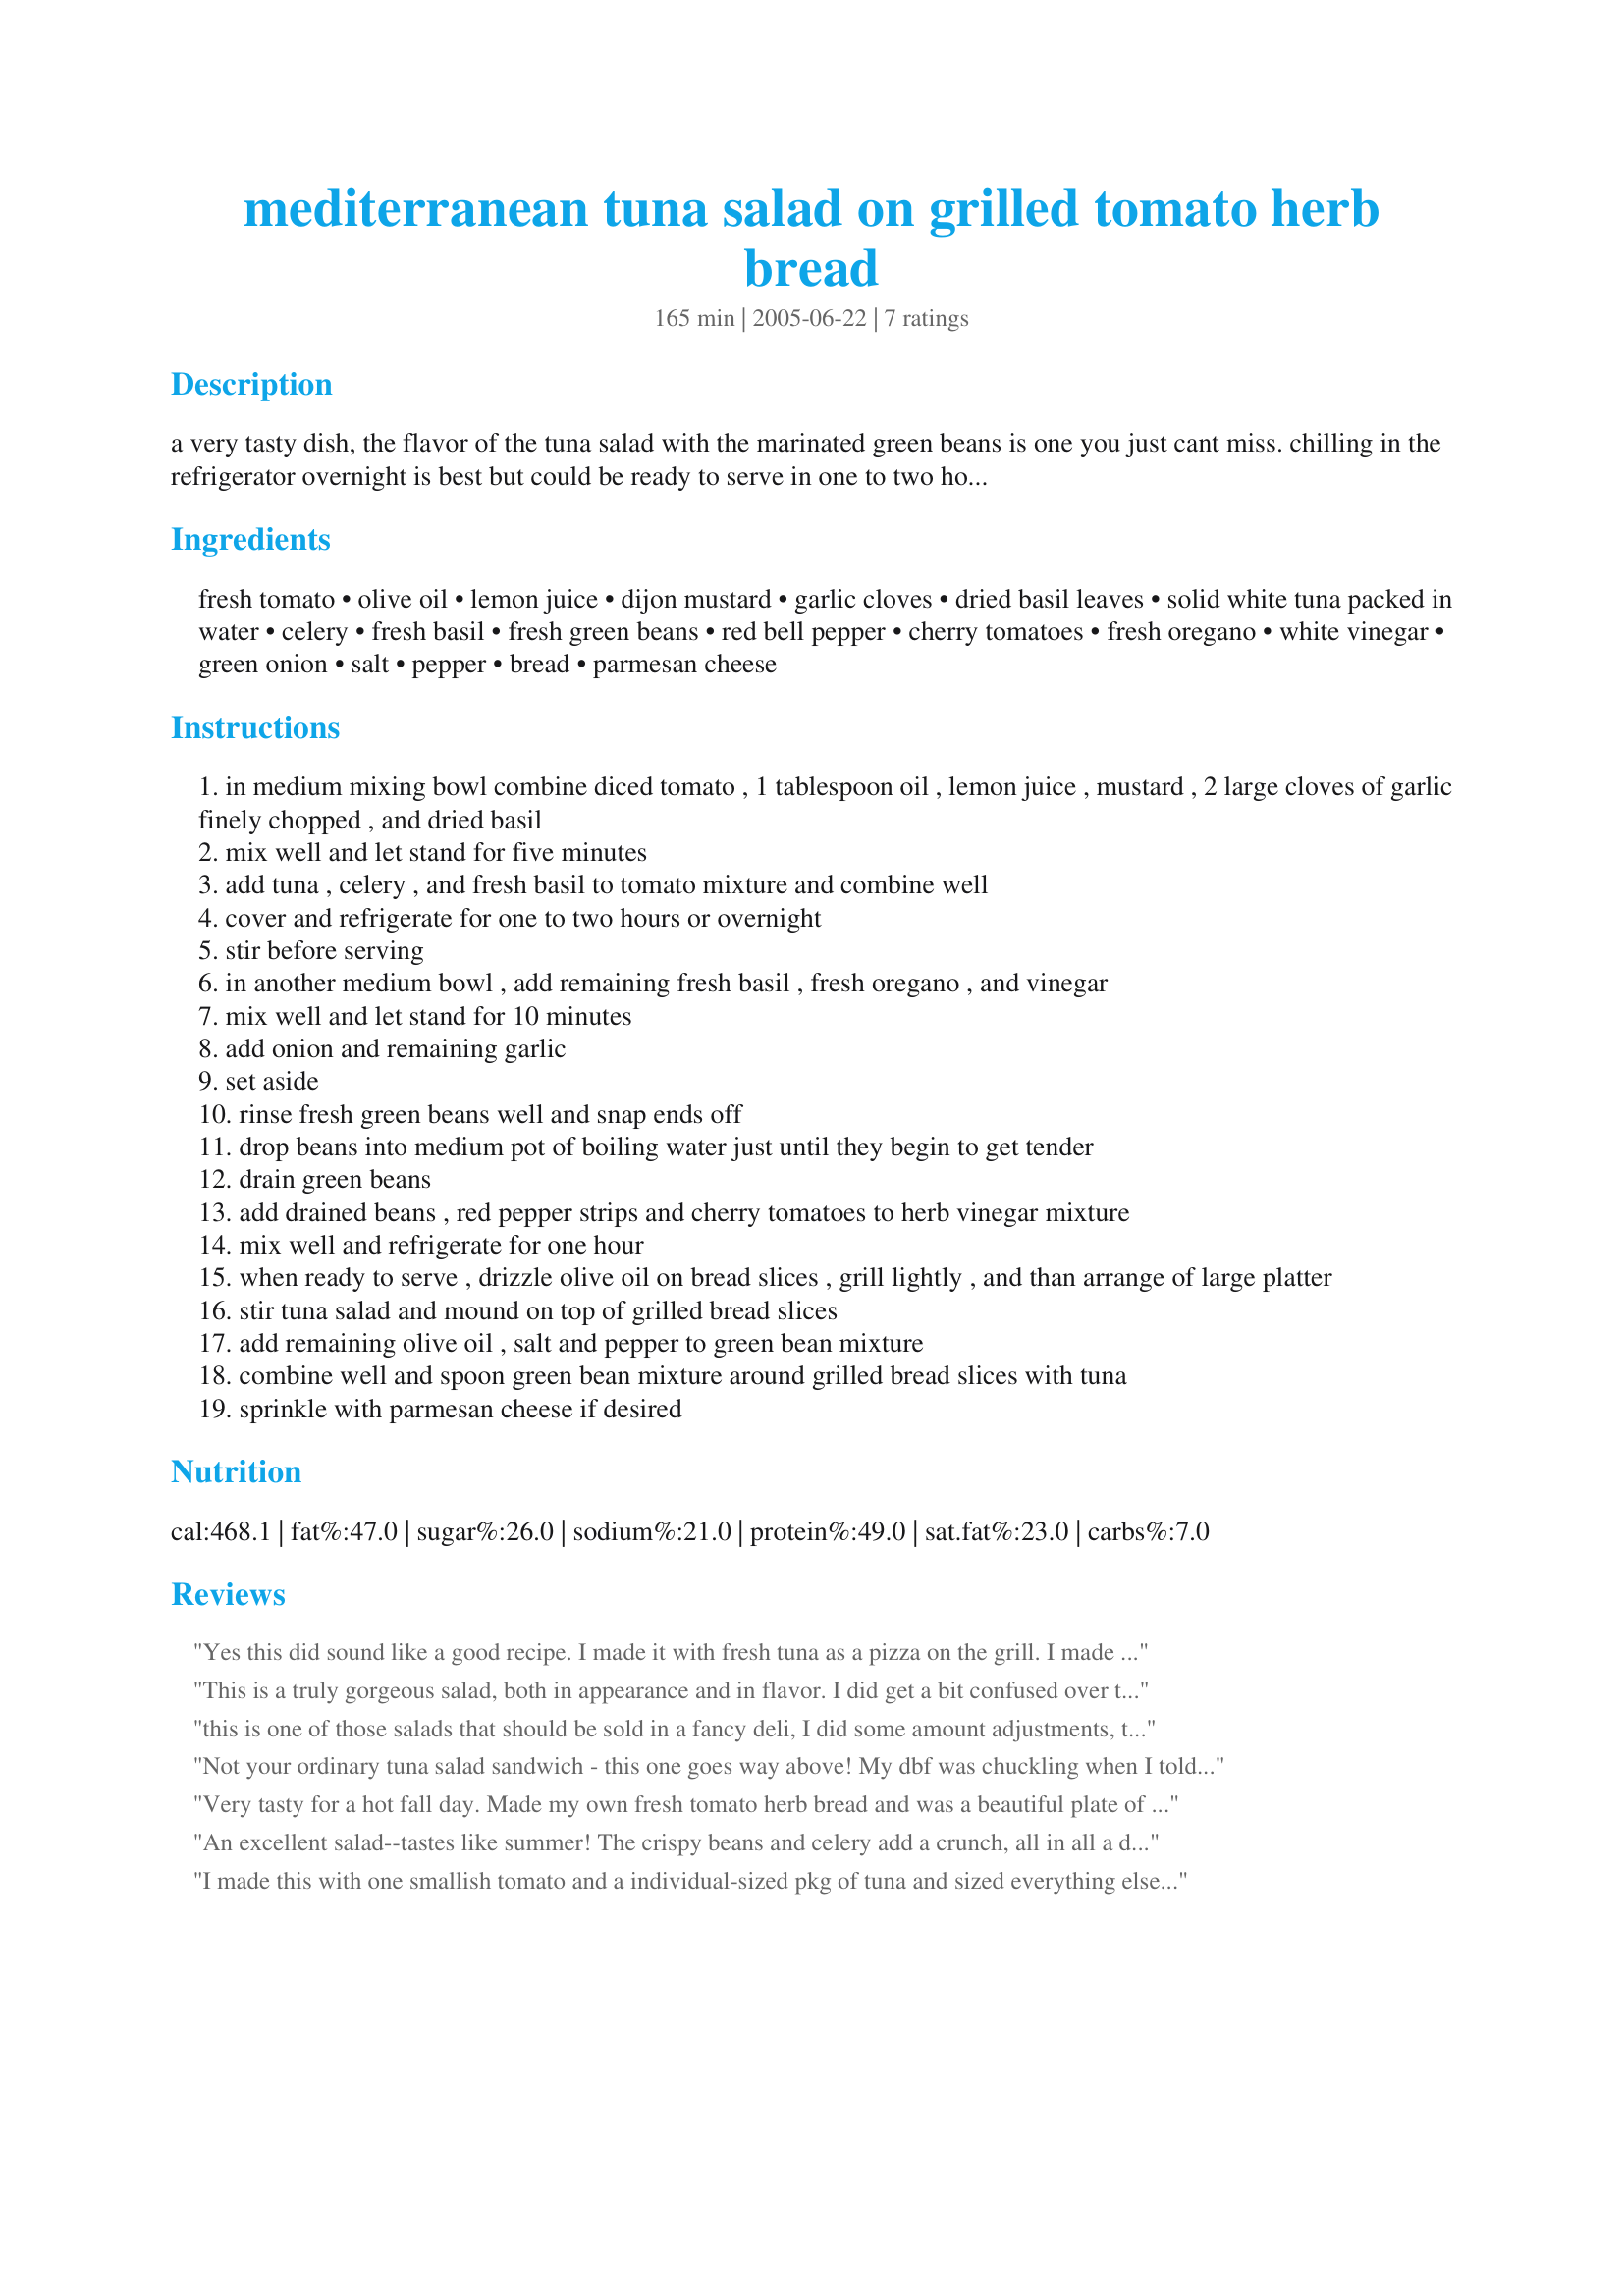
mediterranean tuna salad on grilled tomato herb bread
Preparation time: 165 minutes

a very tasty dish, the flavor of the tuna salad with the marinated green beans is one you just cant miss. chilling in the refrigerator overnight is best but could be ready to serve in one to two hours.

Ingredients:
fresh tomato, olive oil, lemon juice, dijon mustard, garlic cloves, dried basil leaves, solid white tuna packed in water, celery, fresh basil, fresh green beans, red bell pepper, cherry tomatoes, fresh oregano, white vinegar, green onion, salt, pepper, bread, parmesan cheese

Steps:
in medium mixing bowl combine diced tomato , 1 tablespoon oil , lemon juice , mustard , 2 large cloves of garlic finely chopped , and dried basil
mix well and let stand for five minutes
add tuna , celery , and fresh basil to tomato mixture and combine well
cover and refrigerate for one to two hours or overnight
stir before serving
in another medium bowl , add remaining fresh basil , fresh oregano , and vinegar
mix well and let stand for 10 minutes
add onion and remaining garlic
set aside
rinse fresh green beans well and snap ends off
drop beans into medium pot of boiling water just until they begin to get tender
drain green beans
add drained beans , red pepper strips and cherry tomatoes to herb vinegar mixture
mix well and refrigerate for one hour
when ready to serve , drizzle olive oil on bread slices , grill lightly , and than arrange of large platter
stir tuna salad and mound on top of grilled bread slices
add remaining olive oil , salt and pepper to green bean mixture
combine well and spoon green bean mixture around grilled bread slices with tuna
sprinkle with parmesan cheese if desired

Reviews:
Yes this did sound like a good recipe. I made it with fresh tuna as a pizza on the grill. I made a herb tomato pizza crust with cherry tomatoes that had been oven dried with garlic and herbs plus a sprinkling of Penzey's Tuscan Sunset seasoning. I made the tomato salsa but did not add the tuna and I did the herbed green beans and red pepper strips. I grilled the pizza crust and when it was almost done grilled the tuna medium rare. I lifted the green beans and peppers from the dressing and piled on the crust then covered with the sliced tuna and then the tomato salsa on top. Served it with a Rose' quite tasty.
This is a truly gorgeous salad, both in appearance and in flavor. I did get a bit confused over the instructions regarding the fresh basil; in step 1 it seems to indicate that all of it is used in the tuna portion, but then in step 2 we're told to use "remaining fresh basil" in the herb vinegar; no problem, I used 1/4 cup with the tuna and 1/2 cup with the herb vinegar and it was wonderful. Don't overcook your beans (I cooked mine about 5 minutes) because you do want them crisp-tender. Served this on grilled ciabatta (sliced in half). I will be doing this again: thanks for posting!
this is one of those salads that should be sold in a fancy deli, I did some amount adjustments, this only gets better the more time it is chilled, simply delicious and one I will make again very soon, thanks for sharing Lori, this was made for the Think Pink event!
Not your ordinary tuna salad sandwich - this one goes way above! My dbf was chuckling when I told him I was making a "tuna sandwich" because how long it took me to make it. He stopped laughing when he had his first bite. Each bite offers a different flavor. I loved the herbs and green beans paired with the tuna. I used Garlic and cheese sourdough bread and broiled it in the oven. Thank you Lauralie- we loved this!
Very tasty for a hot fall day. Made my own fresh tomato herb bread and was a beautiful plate of food.
An excellent salad--tastes like summer! The crispy beans and celery add a crunch, all in all a delicious combination which does, indeed, improve if you can wait to let the beans marinate overnite. My only change was to use anchovy butter on the grilled bread. Thank you, Lori, for a wonderful summer meal.
I made this with one smallish tomato and a individual-sized pkg of tuna and sized everything else accordingly for one. Also without the bread. Very tasty. Made for CQ 14.
